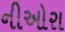
નીઓરા